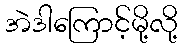
အဲဒါကြောင့်မို့လို့